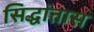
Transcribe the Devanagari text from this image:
सिद्धांतास